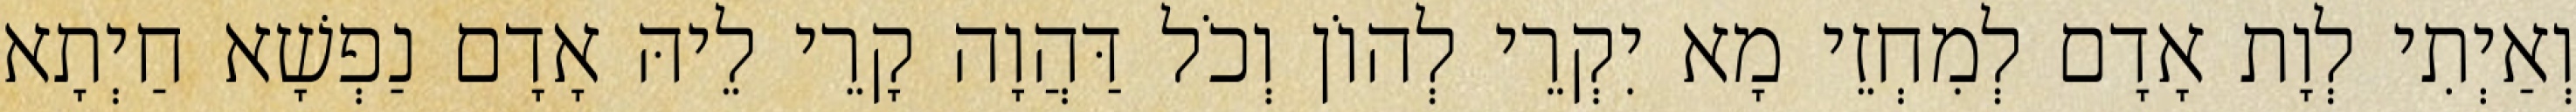
וְאַיְתִי לְוָת אָדָם לְמִחְזֵי מָא יִקְרֵי לְהוֹן וְכֹל דַּהֲוָה קָרֵי לֵיהּ אָדָם נַפְשָׁא חַיְתָא